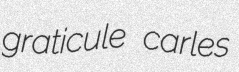
graticule carles